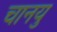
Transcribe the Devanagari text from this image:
चानयु